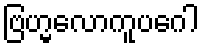
ဗြဟ္မလောကူပဂေါ